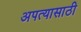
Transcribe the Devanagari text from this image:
अपत्यासाठी